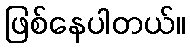
ဖြစ်နေပါတယ်။